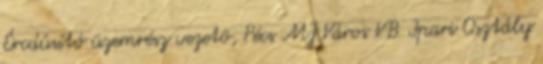
Ércdúsító üzemrész vezetô, Pécs MJ Város VB Ipari Osztály